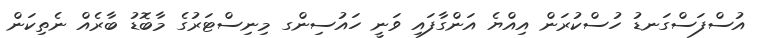
އުސްފަސްގަނޑު ހުސްކުރަން އިއްޔެ އަންގާފައި ވަނީ ހައުސިންގ މިނިސްޓަރުގެ މާބޮޑު ބާރެއް ނެތިކަން